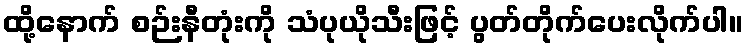
ထို့နောက် စဉ်းနီတုံးကို သံပုယိုသီးဖြင့် ပွတ်တိုက်ပေးလိုက်ပါ။